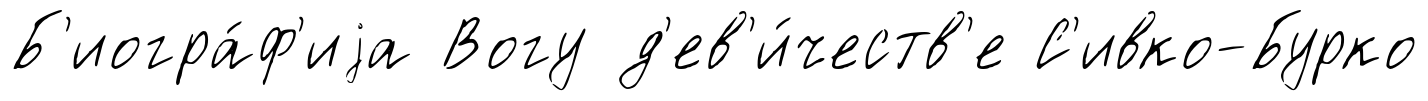
Б'иогра́ф'иjа Вогу д'ев'и́честв'е С'ивко-Бурко